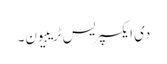
دی ایکسپریس ٹریبیون۔